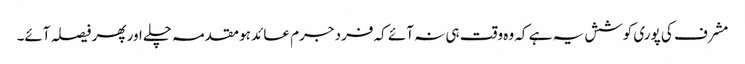
مشرف کی پوری کوشش یہ ہے کہ وہ وقت ہی نہ آئے کہ فرد جرم عائد ہو مقدمہ چلے اور پھر فیصلہ آئے۔